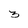
Character: 3